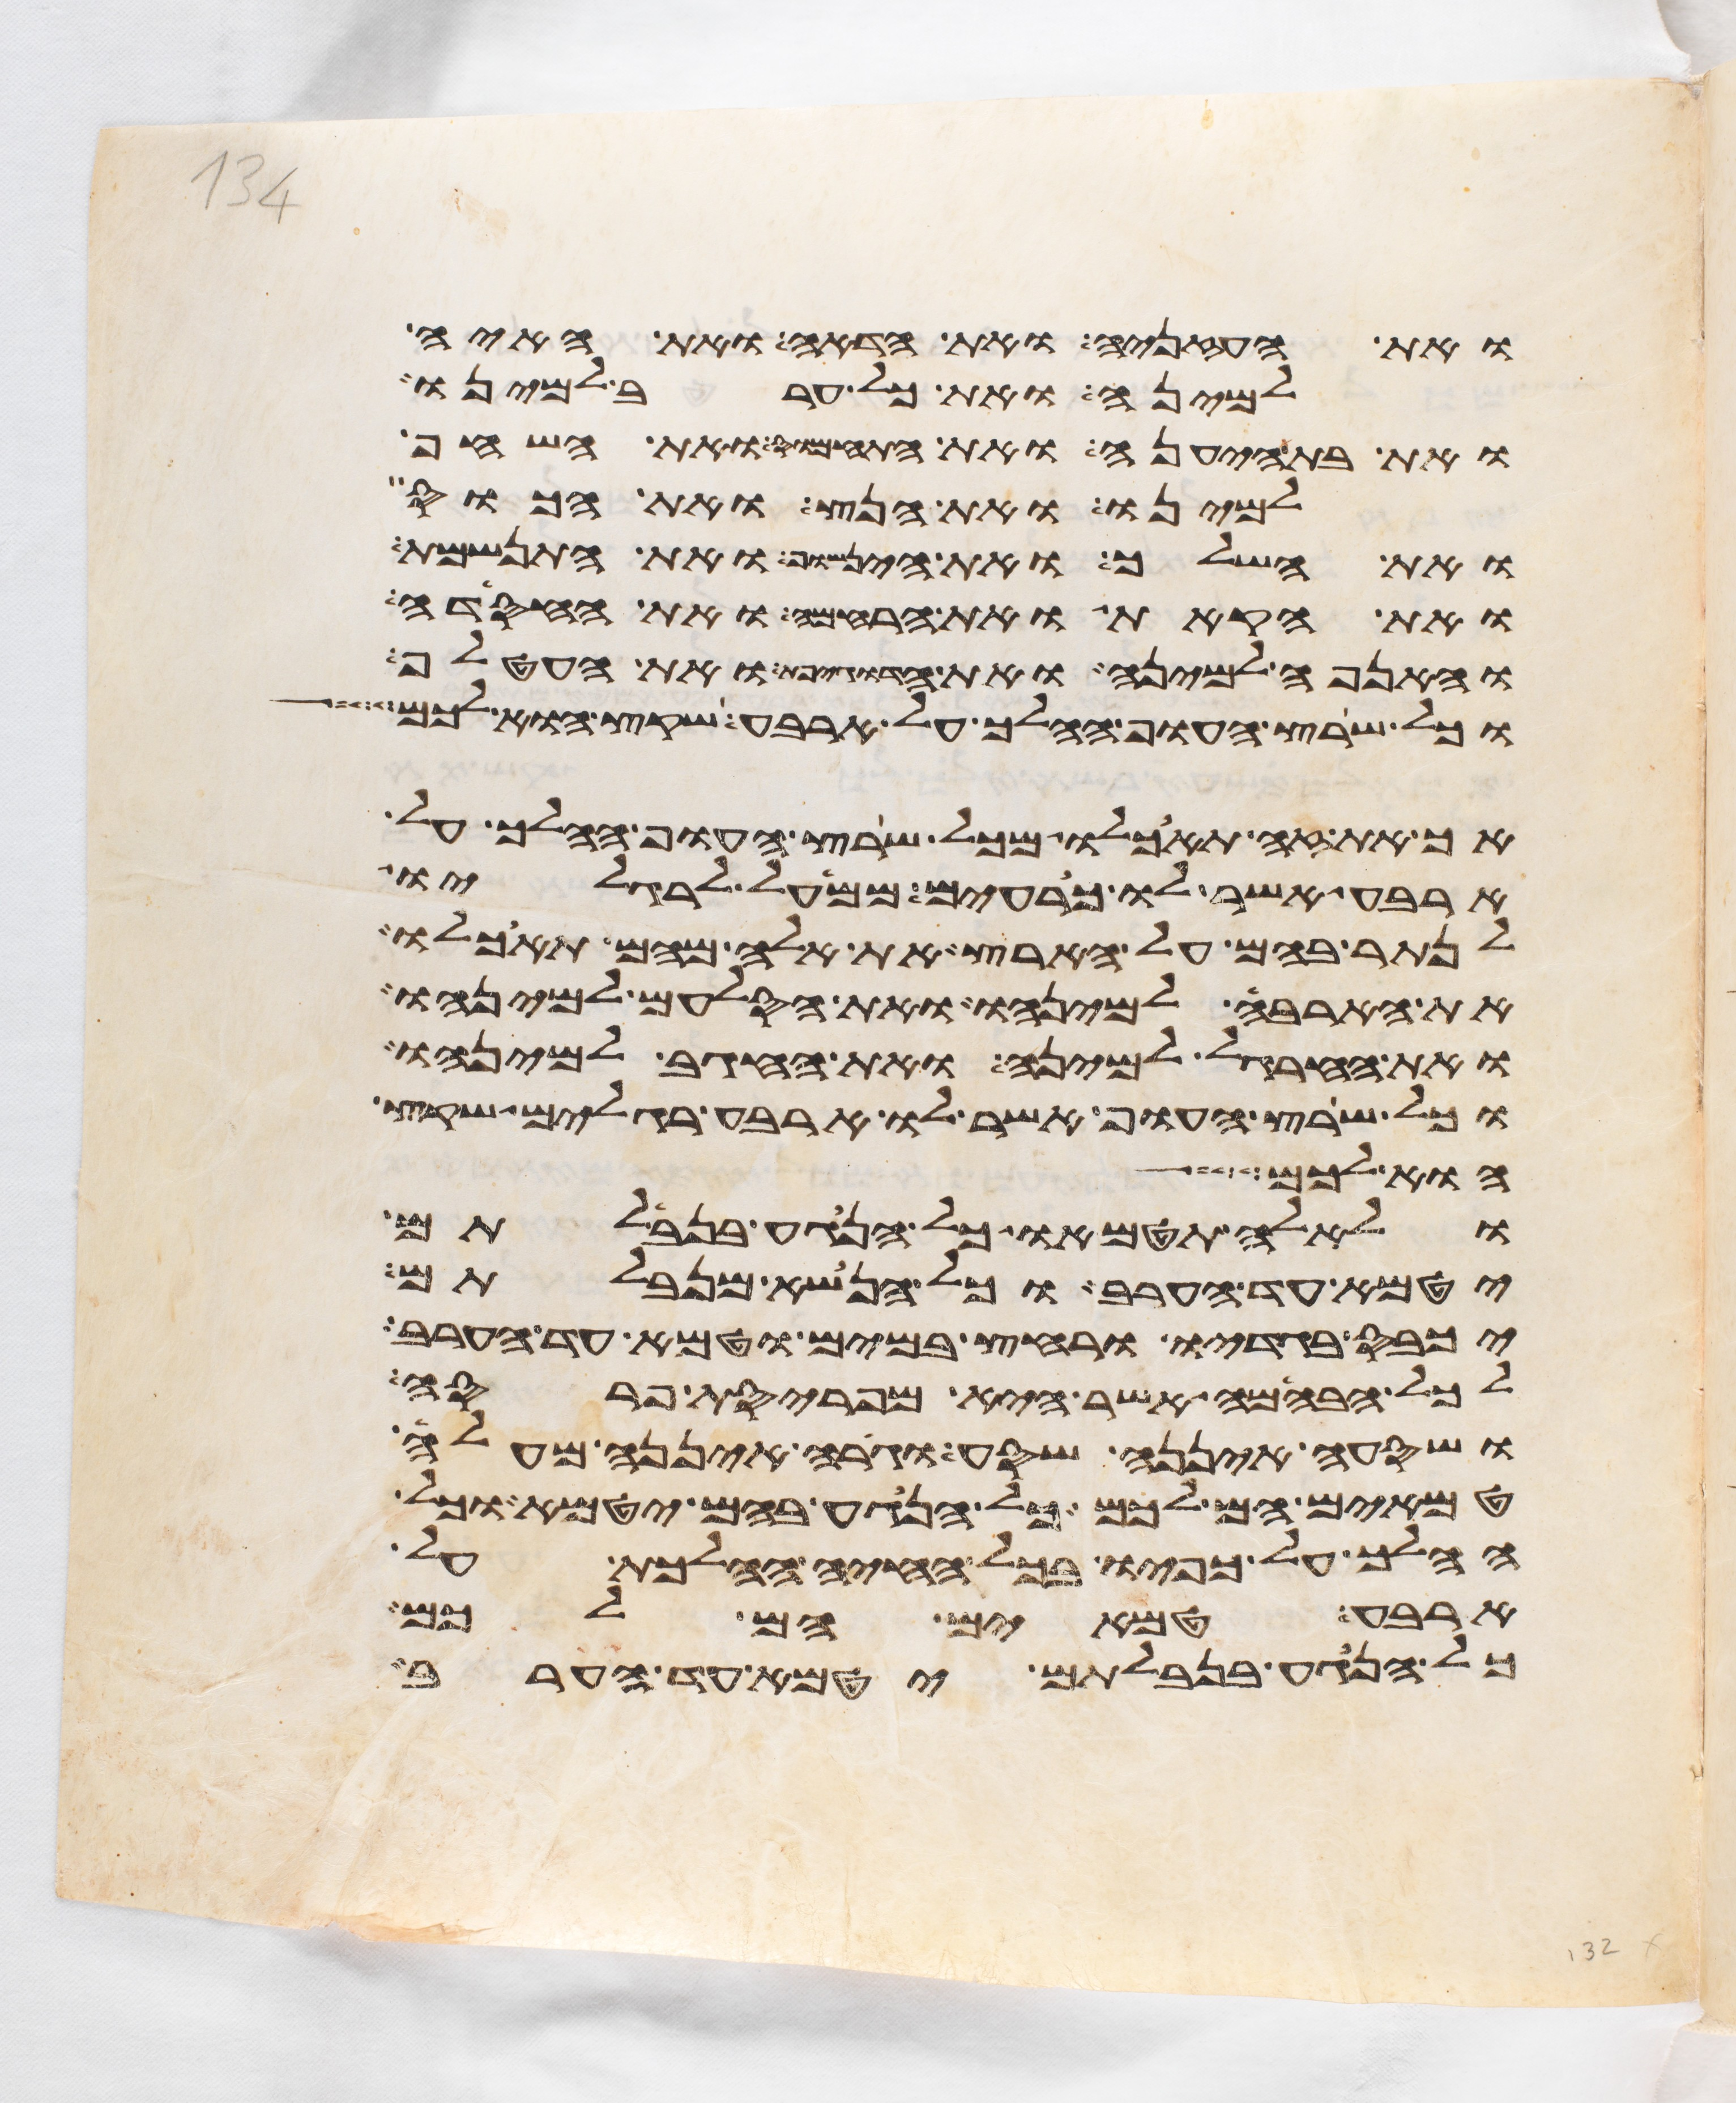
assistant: ואת העזניה ואת הדאה ואת האיה
למינה ואת כל ערב למינו
ואת בת היענה ואת התחמוס ואת השחף
למינו ואת הנץ ואת הכוס
ואת השלך ואת הינשוף ואת התנשמת
ואת הקאת ואת הרחמה ואת החסידה
והאנפה למינה ואת הדגיפת ואת העטלף
כל שרץ העוף ההלך על ארבע שקץ הוא לכם
אך את זה תאכלו מכל שרץ העוף ההלך על
ארבע אשר לו כרעים ממעל לרגליו
לנתר בהם על הארץ את אלה מהם תאכלו
את הארבה למינהו ואת הסלעם למינהו
ואת החרגל למינה ואת החגב למינהו
וכל שרץ העוף אשר לו ארבע רגלים שקץ
הוא לכם
ולאלה תטמאו כל הנגע בנבלתם
יטמא עד הערב וכל הנשא מנבלתם
יכבס בגדיו ורחץ במים וטמא עד הערב
לכל הבהמה אשר היא מפריסת פרסה
ושסעה איננה שסע וגרה איננה מעלה
טמאים הם לכם כל הנגע בהם יטמא וכל
ההלך על כפיו בכל החיה ההלכת על
ארבע טמאים הם לכם
כל הנגע בנבלתם יטמא עד הערב